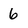
Character: 6